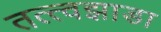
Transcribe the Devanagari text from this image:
तत्त्वझाडा